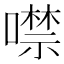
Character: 噤